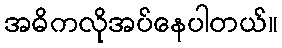
အဓိကလိုအပ်နေပါတယ်။